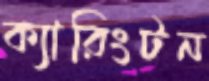
ক্যারিংটন